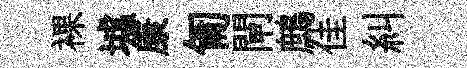
裸墟康匍閘鷓佳糾